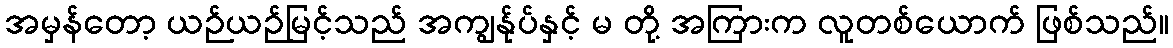
အမှန်တော့ ယဉ်ယဉ်မြင့်သည် အကျွန်ုပ်နှင့် မ တို့ အကြားက လူတစ်ယောက် ဖြစ်သည်။